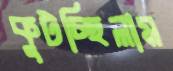
কুটচ্ছিলাম